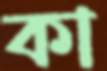
কা